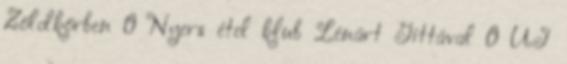
Zöldkörben 0 Nyers étel klub Lénárt Gittával 0 ÚJ